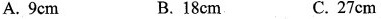
A.9cm B.18cm C.27cm